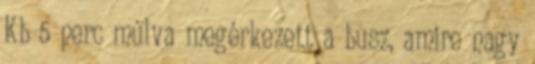
Kb 5 perc múlva megérkezett a busz, amire nagy